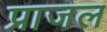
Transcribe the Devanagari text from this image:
प्राजल